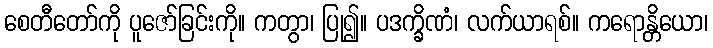
စေတီတော်ကို ပူဇော်ခြင်းကို။ ကတွာ၊ ပြု၍။ ပဒက္ခိဏံ၊ လက်ယာရစ်။ ကရောန္တိယော၊